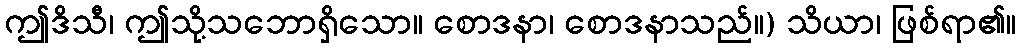
ဤဒိသီ၊ ဤသို့သဘောရှိသော။ စောဒနာ၊ စောဒနာသည်။) သိယာ၊ ဖြစ်ရာ၏။